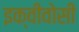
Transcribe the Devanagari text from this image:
इक्वीवोसी